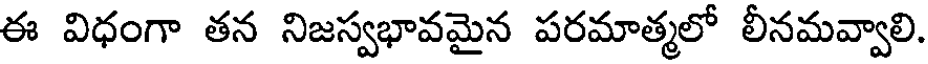
ఈ విధంగా తన నిజస్వభావమైన పరమాత్మలో లీనమవ్వాలి.